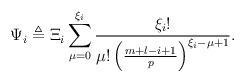
LaTeX: \begin{align*}\Psi_{i}\triangleq \Xi_{i} \sum^{\xi_{i}}_{\mu=0}\frac{\xi_{i}!}{\mu!\left(\frac{m+l-i+1}{p}\right)^{\xi_{i}-\mu+1}}.\end{align*}